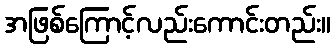
အဖြစ်ကြောင့်လည်းကောင်းတည်း။